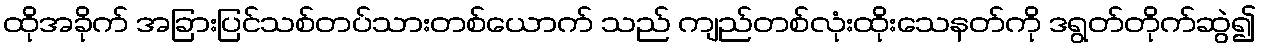
ထိုအခိုက် အခြားပြင်သစ်တပ်သားတစ်ယောက် သည် ကျည်တစ်လုံးထိုးသေနတ်ကို ဒရွတ်တိုက်ဆွဲ၍